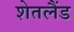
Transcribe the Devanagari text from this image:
शेतलैंड